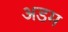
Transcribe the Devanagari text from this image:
अडम